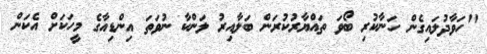
"ހަވާދުލައިގެން ހަނާކުރި ބޯވަ ތައްޔާރުކުރަން ބަލާއިރު ލަންކާ ނުވަތަ އިންޑިއާގެ މީހަކަށް އެކަން